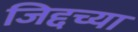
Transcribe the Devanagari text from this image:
जिद्दच्या